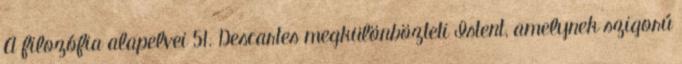
A filozófia alapelvei 51. Descartes megkülönbözteti Istent, amelynek szigorú